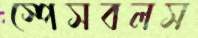
স্পেসবলস